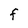
Character: F